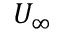
U _ { \infty }